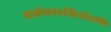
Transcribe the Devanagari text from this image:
अलंकारशिरोमणि